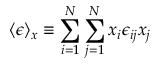
\langle \epsilon \rangle _ { x } \equiv \sum _ { i = 1 } ^ { N } \sum _ { j = 1 } ^ { N } x _ { i } \epsilon _ { i j } x _ { j }